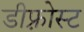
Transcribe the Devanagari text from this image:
डीफ़्रोस्ट